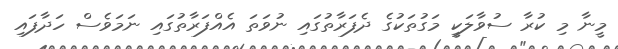
މީނާ މި ކުރާ ސުވާލަކީ މަގުތަކުގެ ދެފަރާތުގައި ނުވަތަ އެއްފަރާތުގައި ނަމަވެސް ހަދާފައި